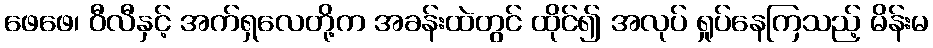
ဖေဖေ၊ ဝီလီနှင့် အက်ရှလေတို့က အခန်းထဲတွင် ထိုင်၍ အလုပ် ရှုပ်နေကြသည့် မိန်းမ